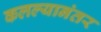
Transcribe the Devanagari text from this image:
कलल्यानंतर